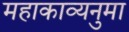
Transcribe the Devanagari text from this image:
महाकाव्यनुमा